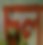
চল